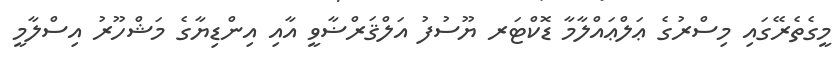
މީގެތެރޭގައި މިސްރުގެ ޢަލްޢައްލާމާ ޑޮކްޓަރ ޔޫސުފު އަލްޤަރްޟާވީ އާއި އިންޑިޔާގެ މަޝްހޫރު އިސްލާމީ